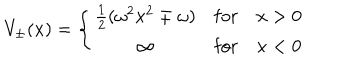
V _ { \pm } ( x ) = \left\{ \begin{array} { c l l } { { { \frac { 1 } { 2 } } ( \omega ^ { 2 } x ^ { 2 } \mp \omega ) } } & { { \mathrm { f o r } } } & { { x > 0 } } \\ { { \infty } } & { { \mathrm { f o r } } } & { { x < 0 } } \\ \end{array} \right.